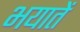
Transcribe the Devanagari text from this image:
भयातें